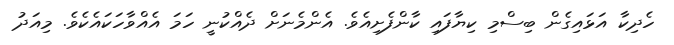
ހެދިކާ އަޅައިގެން ބިސްމި ކިޔާފައި ކާންފެށިއެވެ. އެންމެނަށް ދެއްކުނީ ހަމަ އެއްވާހަކައެކެވެ. މިއަދު